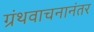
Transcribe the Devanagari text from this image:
ग्रंथवाचनानंतर